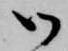
御